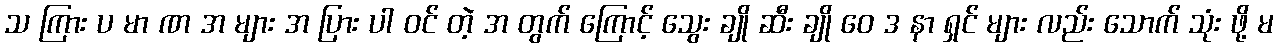
သ ကြား ပ မာ ဏ အ များ အ ပြား ပါ ဝင် တဲ့ အ တွက် ကြောင့် သွေး ချို ဆီး ချို ဝေ ဒ နာ ရှင် များ လည်း သောက် သုံး ဖို့ မ